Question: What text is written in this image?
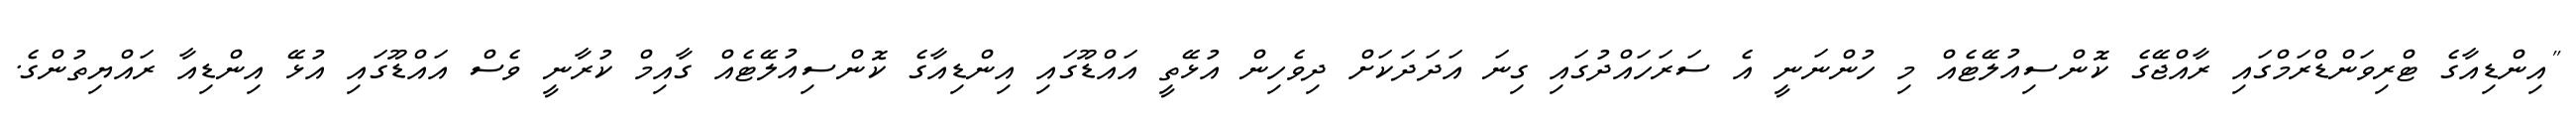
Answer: "އިންޑިއާގެ ޓްރިވަންޑްރަމްގައި ރާއްޖޭގެ ކޮންސިއުލޭޓެއް މި ހުންނަނީ އެ ސަރަހައްދުގައި ގިނަ އަދަދަކަށް ދިވެހިން އުޅޭތީ އައްޑޫގައި އިންޑިއާގެ ކޮންސިއުލޭޓެއް ގާއިމް ކުރާނީ ވެސް އައްޑޫގައި އުޅޭ އިންޑިއާ ރައްޔިތުންގެ.